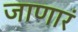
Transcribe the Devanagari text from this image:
जाणारं